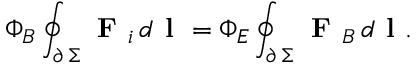
\Phi _ { B } \oint _ { \scriptstyle \partial \, \Sigma } \textbf { F } _ { i } \, d \textbf { l } = \Phi _ { E } \oint _ { \scriptstyle \partial \, \Sigma } \textbf { F } _ { B } \, d \textbf { l } .